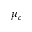
\mu _ { c }